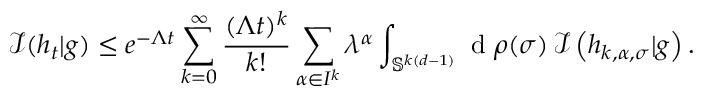
\mathcal { I } ( h _ { t } | g ) \leq e ^ { - \Lambda t } \sum _ { k = 0 } ^ { \infty } \frac { ( \Lambda t ) ^ { k } } { k ! } \sum _ { \boldsymbol { \alpha } \in I ^ { k } } \lambda ^ { \boldsymbol { \alpha } } \int _ { \mathbb { S } ^ { k ( d - 1 ) } } \textup { d } \rho ( \boldsymbol { \sigma } ) \, \mathcal { I } \left( h _ { k , \boldsymbol { \alpha } , \boldsymbol { \sigma } } | g \right) .